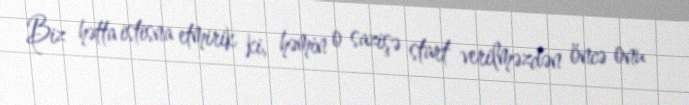
Biz hətta istisna etmirik ki, həmin o sazişə start verilməzdən öncə onu